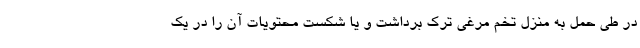
در طی حمل به منزل تخم مرغی ترک برداشت و یا شکست محتویات آن را در یک